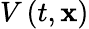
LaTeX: V\left(t,\mathbf{x}\right)